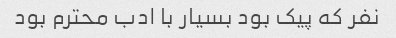
نفر که پیک بود بسیار با ادب محترم بود